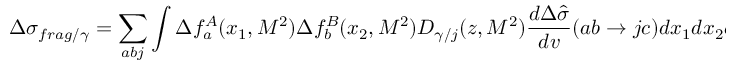
\Delta \sigma _ { f r a g / \gamma } = \sum _ { a b j } \int \Delta f _ { a } ^ { A } ( x _ { 1 } , M ^ { 2 } ) \Delta f _ { b } ^ { B } ( x _ { 2 } , M ^ { 2 } ) D _ { \gamma / j } ( z , M ^ { 2 } ) \frac { d \Delta \hat { \sigma } } { d v } ( a b \rightarrow j c ) d x _ { 1 } d x _ { 2 } d z d v .